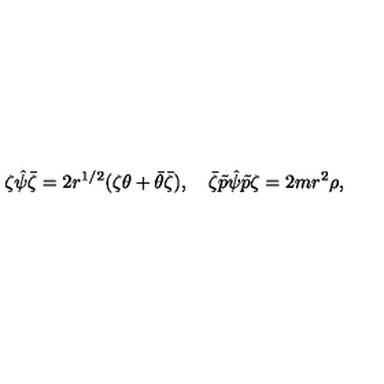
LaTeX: \zeta \hat { \psi } \bar { \zeta } = 2 r ^ { 1 / 2 } ( \zeta \theta + \bar { \theta } \bar { \zeta } ) , \quad \bar { \zeta } \tilde { p } \hat { \psi } \tilde { p } \zeta = 2 m r ^ { 2 } \rho ,